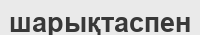
шарықтаспен